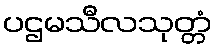
ပဌမသီလသုတ္တံ